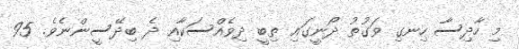
މި ހާދިސާ ހިނގި ވަގުތު ދޯނީގައި ތިބީ ދިވެއްސަކާއި ދެ ބިދޭސީންނެވެ. 95